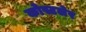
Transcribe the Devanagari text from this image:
कोस्टलेर